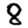
Digit: 8